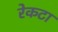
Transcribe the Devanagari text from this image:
रेकटा